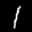
Label: 1